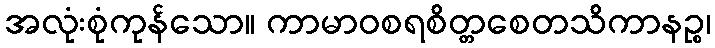
အလုံးစုံကုန်သော။ ကာမာဝစရစိတ္တစေတသိကာနဉ္စ၊